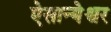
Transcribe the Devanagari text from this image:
ऐसान्येश्वर